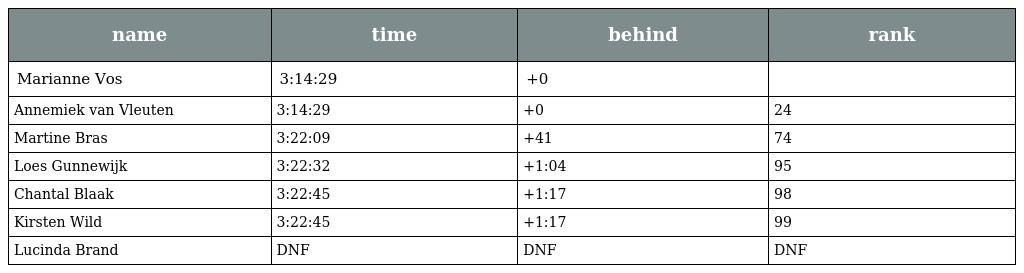
| name | time | behind | rank |
 | --- | --- | --- | --- |
 | Marianne Vos | 3:14:29 | +0 |  |
 | Annemiek van Vleuten | 3:14:29 | +0 | 24 |
 | Martine Bras | 3:22:09 | +41 | 74 |
 | Loes Gunnewijk | 3:22:32 | +1:04 | 95 |
 | Chantal Blaak | 3:22:45 | +1:17 | 98 |
 | Kirsten Wild | 3:22:45 | +1:17 | 99 |
 | Lucinda Brand | DNF | DNF | DNF |